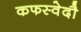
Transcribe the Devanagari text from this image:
कफस्वेदौ